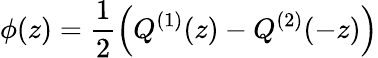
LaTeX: \phi(z)=\frac{1}{2}\left(Q^{(1)}(z)-Q^{(2)}(-z)\right)